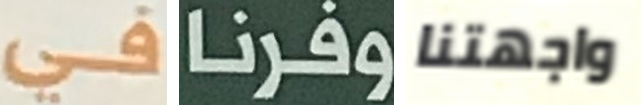
في وفرنا واجهتنا